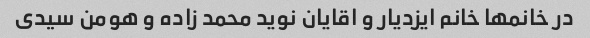
در خانمها خانم ایزدیار و اقایان نوید محمد زاده و هومن سیدی